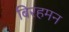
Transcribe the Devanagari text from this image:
बिरहमन